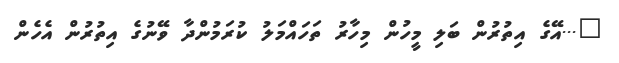
"...އޭގެ އިތުރުން ބަލި މީހުން މިހާރު ތަހައްމަލު ކުރަމުންދާ ވޭނުގެ އިތުރުން އެހެން